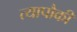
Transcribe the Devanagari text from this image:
त्यापौकी